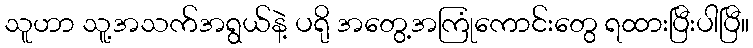
သူဟာ သူ့အသက်အရွယ်နဲ့ ပရို အတွေ့အကြုံကောင်းတွေ ရထားပြီးပါပြီ။